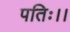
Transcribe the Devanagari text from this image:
पतिः।।